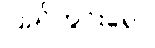
ပြည်တွင်းရော